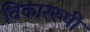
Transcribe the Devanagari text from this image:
विकाररुपी